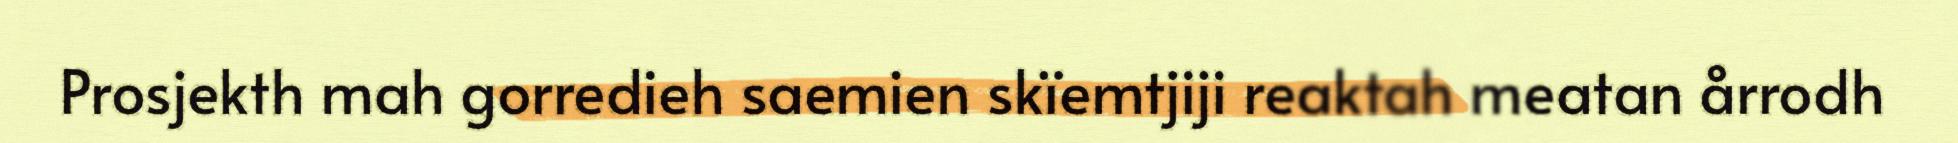
Prosjekth mah gorredieh saemien skïemtjiji reaktah meatan årrodh